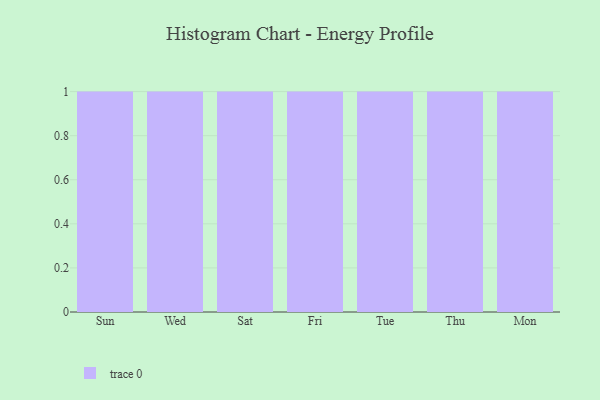
{"axis": {"x": "Day", "y": "Backlog"}, "legend": [""], "data": [{"x": "Sun", "y": 19, "type": ""}, {"x": "Wed", "y": 73, "type": ""}, {"x": "Sat", "y": 79, "type": ""}, {"x": "Fri", "y": 94, "type": ""}, {"x": "Tue", "y": 32, "type": ""}, {"x": "Thu", "y": 12, "type": ""}, {"x": "Mon", "y": 54, "type": ""}]}